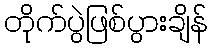
တိုက်ပွဲဖြစ်ပွားချိန်